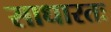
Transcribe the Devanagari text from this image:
साधारतः